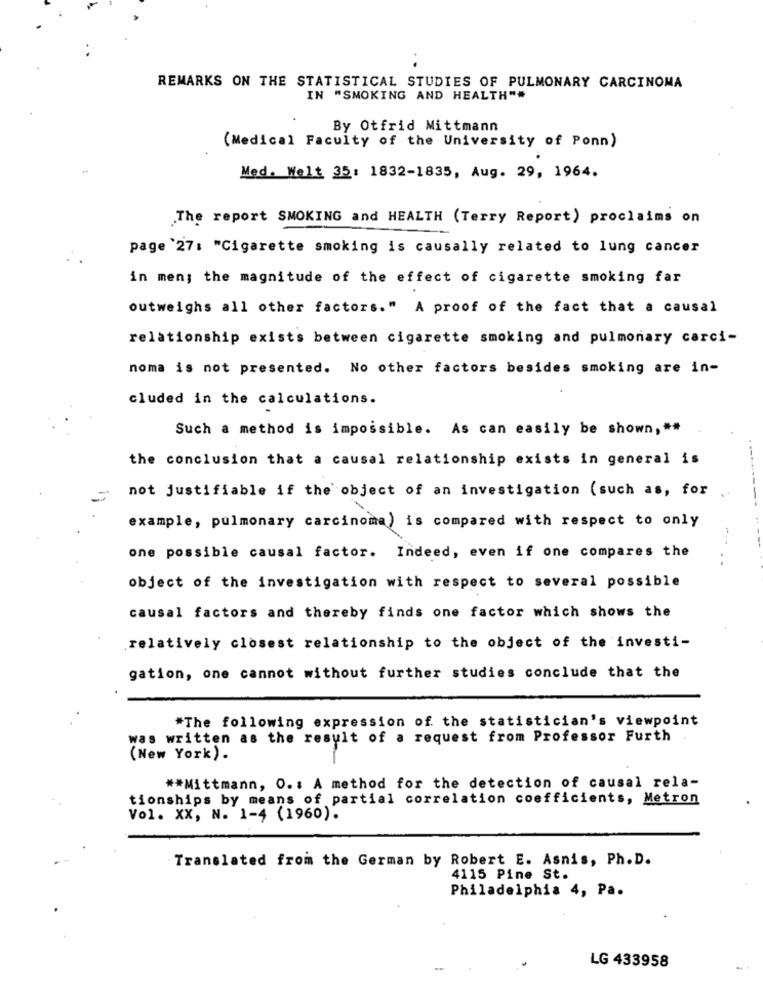
REMARKS ON THE STATISTICAL STUDIES OF PULMONARY CARCINOMA
IN "SMOKING AND HEALTH""
By Otfrid Mittmann
(Medical Faculty of the University of Ponn)
Med. Welt 35: 1832-1835, Aug. 29, 1964.
The report SMOKING and HEALTH (Terry Report) proclaims on
page '27: "Cigarette smoking is causally related to lung cancer
in men; the magnitude of the effect of cigarette smoking far
outweighs all other factors." A proof of the fact that a causal
relationship exists between cigarette smoking and pulmonary carci-
noma is not presented. No other factors besides smoking are in-
cluded in the calculations.
Such a method is impossible. As can easily be shown, **
the conclusion that a causal relationship exists in general is
not justifiable if the object of an investigation (such as, for
example, pulmonary carcinoma) is compared with respect to only
one possible causal factor. Indeed, even if one compares the
..
object of the investigation with respect to several possible
causal factors and thereby finds one factor which shows the
relatively closest relationship to the object of the investi-
gation, one cannot without further studies conclude that the
*The following expression of the statistician's viewpoint
was written as the result of a request from Professor Furth
(New York).
** Mittmann, O. : A method for the detection of causal rela-
tionships by means of partial correlation coefficients, Metron
Vol. XX, N. 1-4 (1960).
Translated from the German by Robert E. Asnis, Ph. D.
4115 Pine St.
Philadelphia 4, Pa.
LG 433958